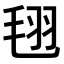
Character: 𣭜